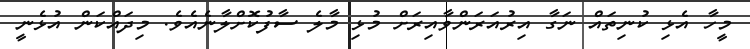
މީހާ އެޅި ކުނިތައް ނަގާ އިރުއަރަންވާއިރަށް މުޅި މާލެ ސާފުކޮށްލާނެއެވެ. މިދައްކަން އުޅެނީ